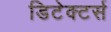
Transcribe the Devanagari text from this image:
डिटेक्टर्स